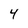
Character: 4